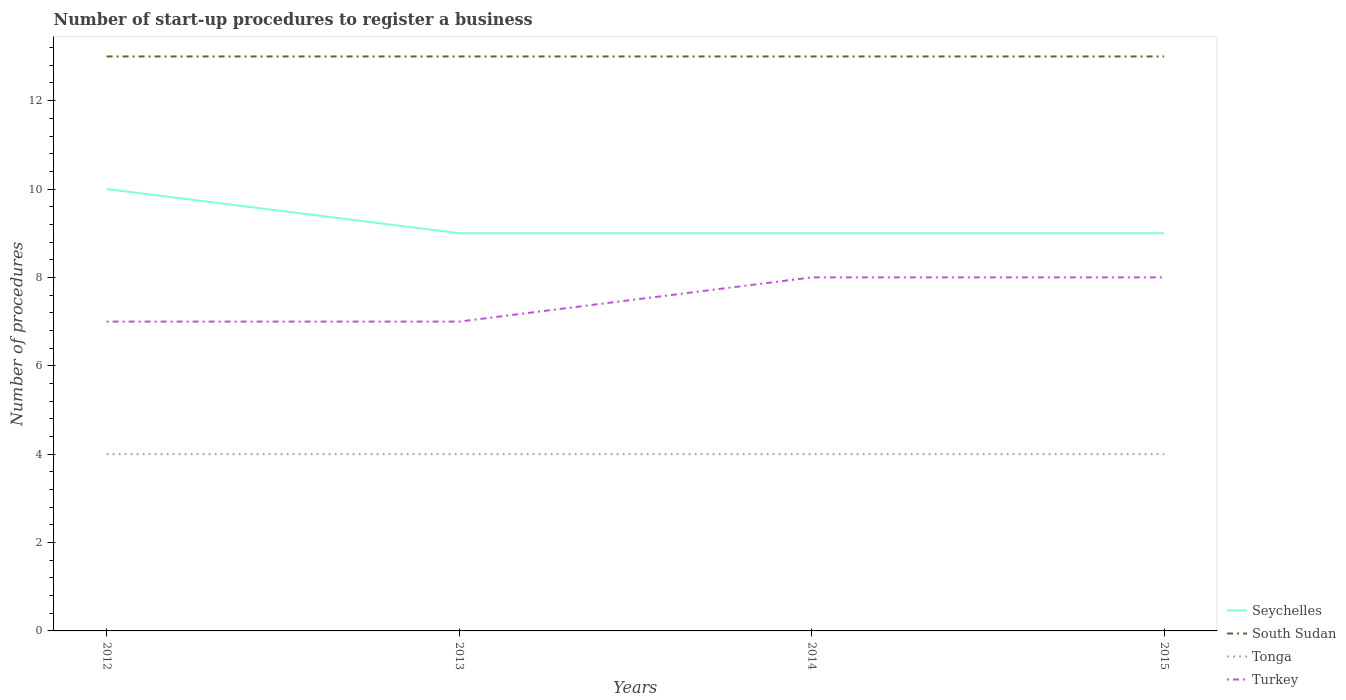
| Years | Seychelles | South Sudan | Tonga | Turkey |
 | --- | --- | --- | --- | --- |
 | 2012 | 10 | 13 | 4 | 7 |
 | 2013 | 9 | 13 | 4 | 7 |
 | 2014 | 9 | 13 | 4 | 8 |
 | 2015 | 9 | 13 | 4 | 8 |